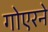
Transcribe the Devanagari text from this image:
गोएरने